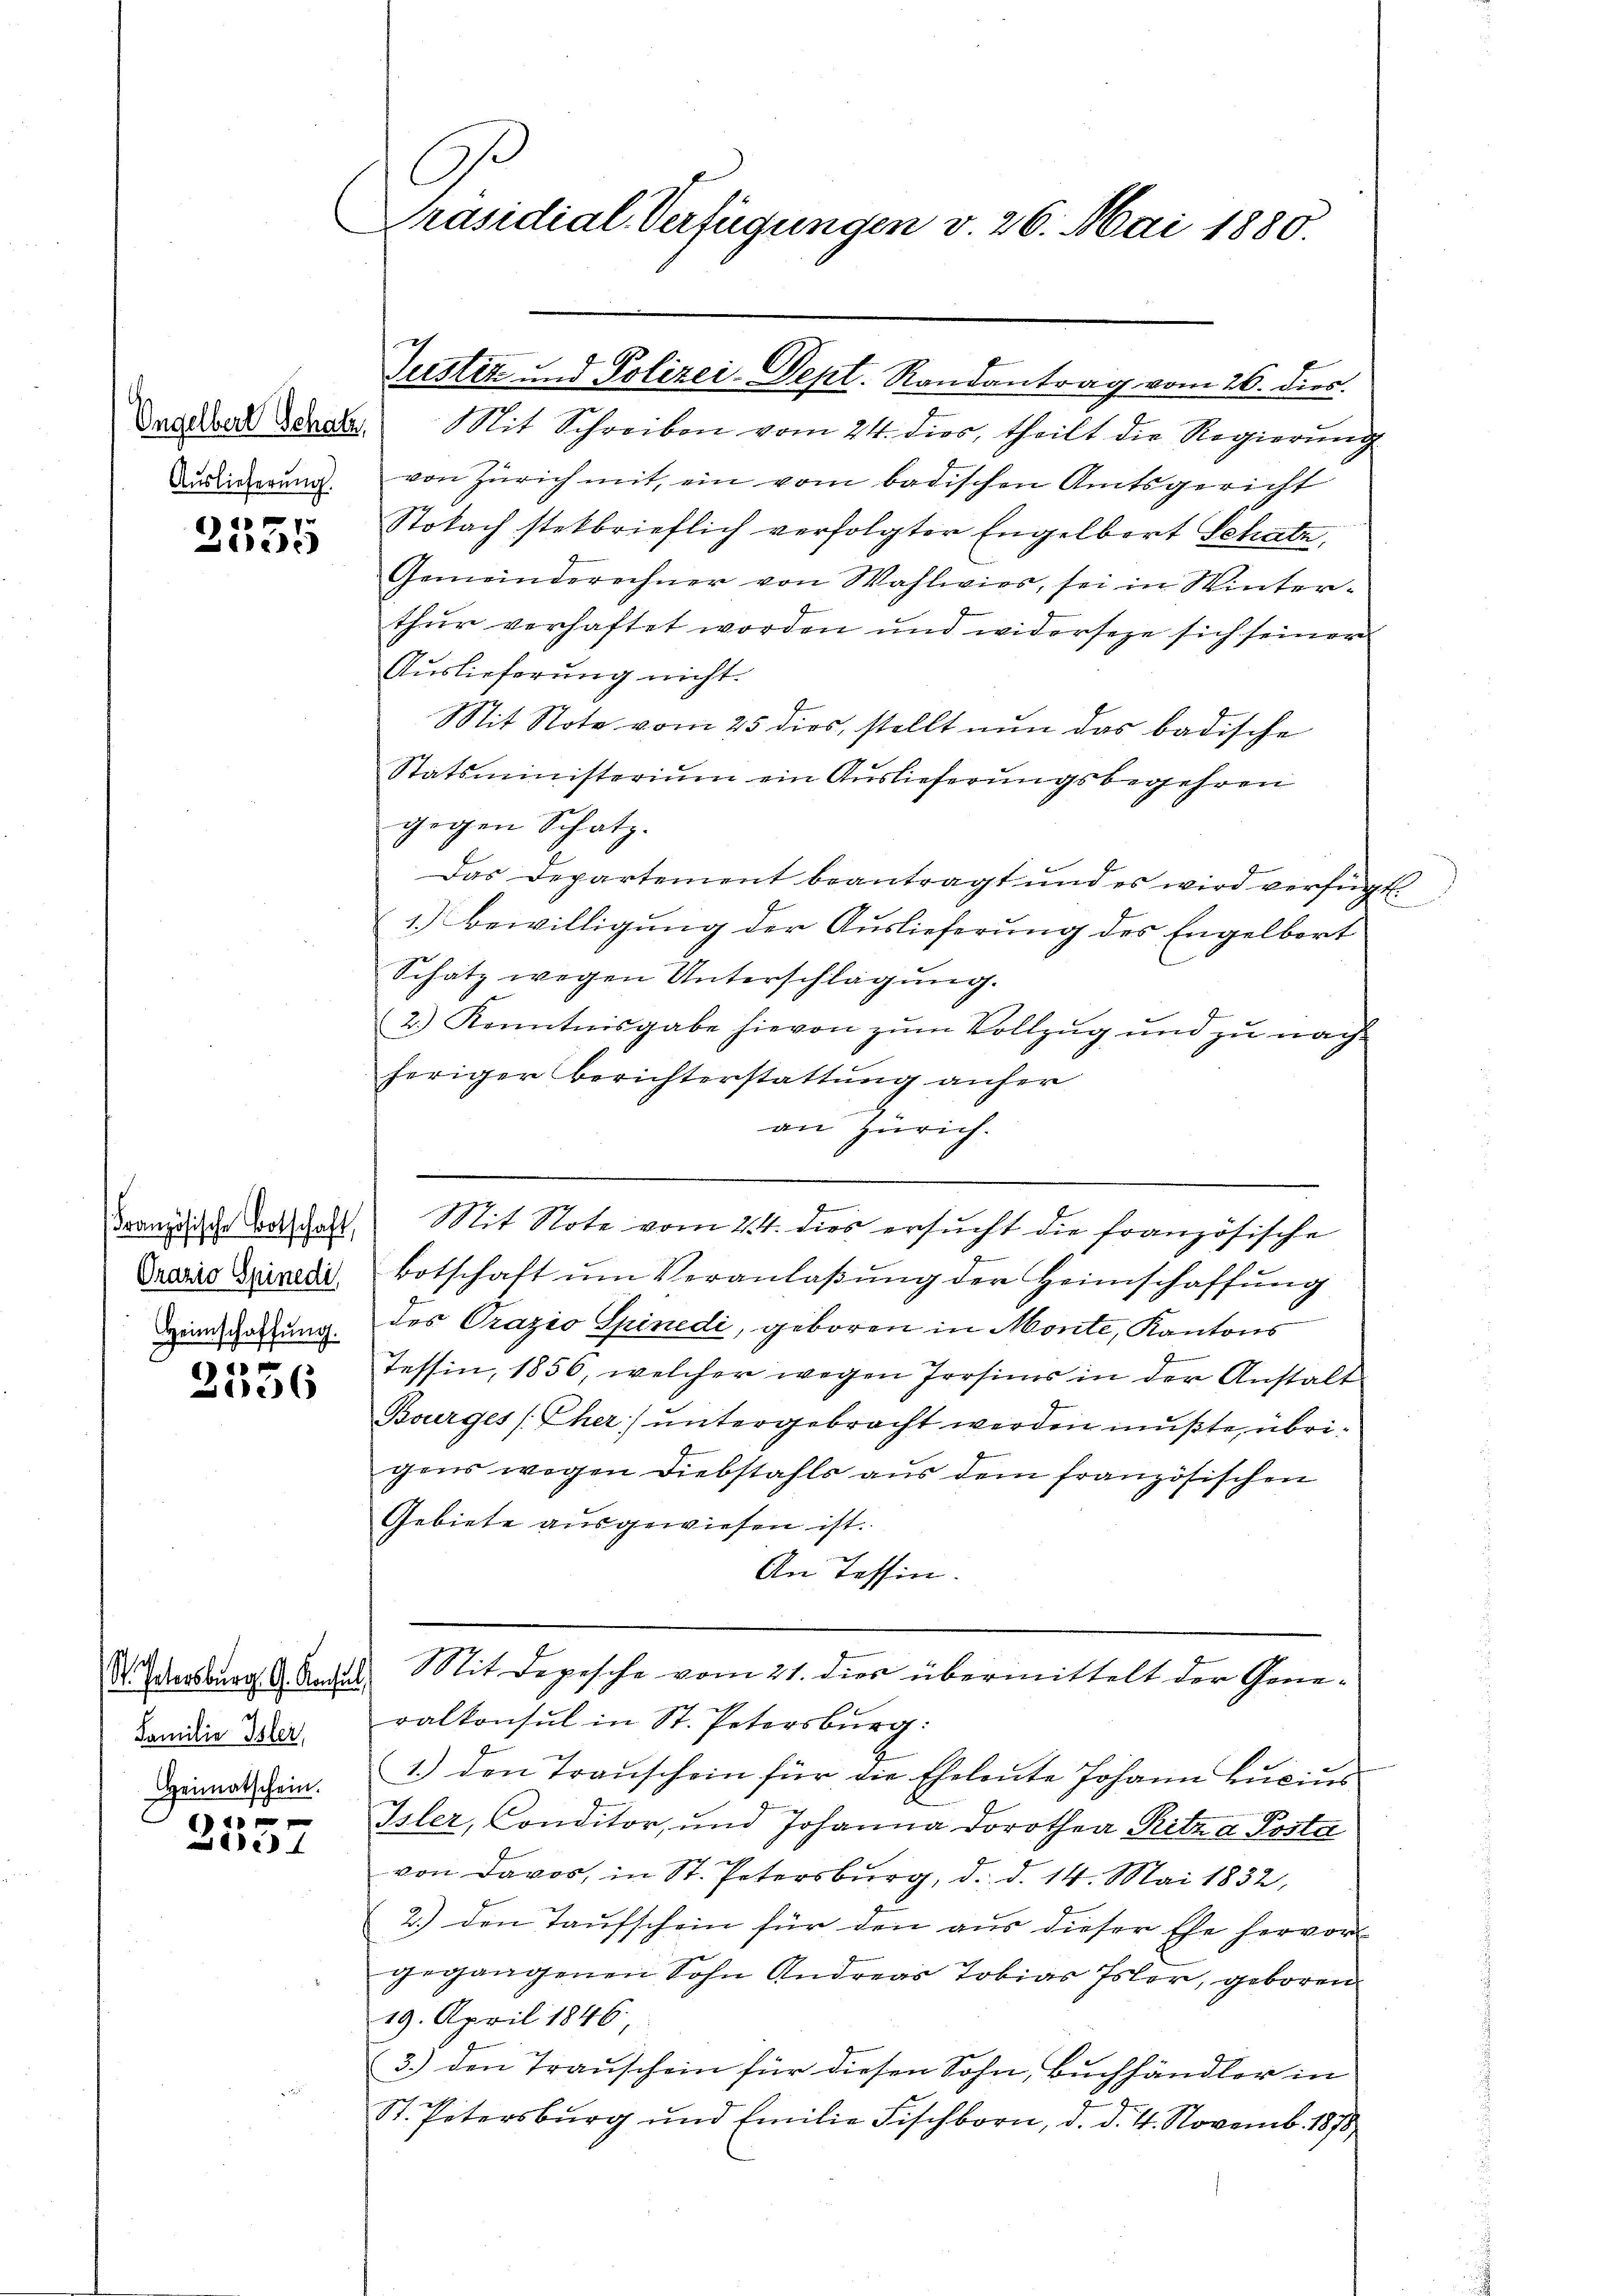
Auslieferung.

.
1

Orazio Spinedi
Heimschaffung.

2096

S. Petersburg, G. Konsul,
Familie Isler,
Heimatschein.

)

G.
Präsidial-Verfügungen v. 26. Mai 1880.

Dasard Berate. Mit Schreiben vom 24. dies, theilt die Regierung
von Zürich mit, ein vom badischen Amtsgericht
Stobach stekbrieflich verfolgter Engelbort Schatz,
Gemeinderechner von Wahlwies, sei in Winter-
thur verhaftet worden und widerseze sich seiner
Auslieferung nicht.
Mit Note vom 25 dies, stellt nun das badische
Statsministerium ein Auslieferungsbegehren
gegen Schatz.
Das Departement beantragt und es wird verfügt:
1.) Bewilligung der Auslieferung des Engelbort
Schatz wegen Unterschlägung.
2.) Kenntnisgabe hievon zum Vollzug und zu nach-
heriger Berichterstattung anher
2
an Zürich.
.
e
Franzische Vorthalt. Mit Note vom 24. dies ersucht die französische
botschaft um Veranlaßung der Heimschaffung
des Orazio Spinedi, geboren in Monte, Kantons
Tessin, 1856, welcher wegen Irrsins in der Anstalt
Bourges (Eher untergebracht werden mußte, übrigens wegen Diebstahls aus dem französischen
Gebiete ausgewiesen ist.
An Tessin.
Mit Depesche vom 21. dies übermittelt der Generalkonsul in St. Petersburg:
1.) den Trauschein für die Eheleute Johann Lucius
Isler, Conditor, und Johanna Dorothea Rita a Posta
von Davos, in St. Petersburg, d. d. 14. Mai 1832,
2.) den Taufschein für den aus dieser Ehe hervor-
gegangenen Sohn Andreas Tobias Isler, geboren.
19. April 1846.
3.) den Trauschein für diesen Sohn, Buchhändler in
St. Petersburg und Emilie Fischborn, d. d. 4. Novemb. 1878

Justiz und Polizei-Dept. Randantrag vom 26. dies